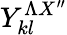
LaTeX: Y_{kl}^{\Lambda X^{\prime\prime}}